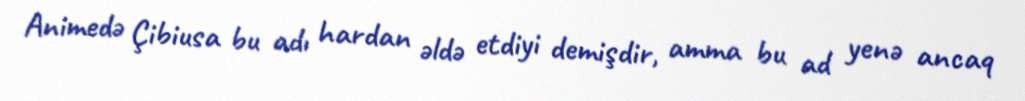
Animedə Çibiusa bu adı hardan əldə etdiyi demişdir, amma bu ad yenə ancaq